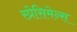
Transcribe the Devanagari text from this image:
स्प्रेसिमेन्स